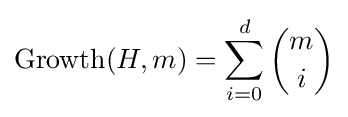
\operatorname {Growth} (H,m)=\sum _{i=0}^{d}{m \choose i}